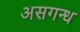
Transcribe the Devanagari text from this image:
असगन्ध